Vaccination in the Punjab 1905-1918 - 1905-1918
Year: 1905
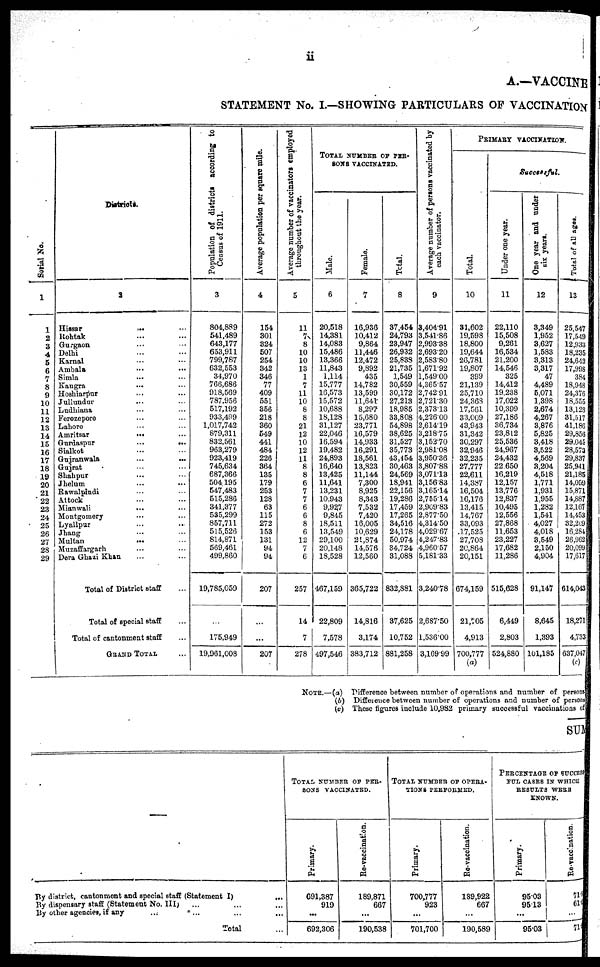
ii
A.—VACCINE
STATEMENT No. I.—SHOWING PARTICULARS OF VACCINATION
Serial No.
1
1
2
3
4
5
6
7
8
9
10
11
12
13
14
15
16
17
18
19
20
21
22
23
24
25
26
27
28
29
Diatricts.
2
Hissar
...
...
Rohtak ... ...
Gurgaon ... ...
Delhi ... ...
Karnal ... ...
Ambala ... ...
Simla ... ...
Kangra ... ...
Hoshiarpur ... ...
Jullundur ... ...
Ludhiana ... ...
Ferozepore ... ...
Lahore ... ...
Amritsar
...
...
Gurdaspur
...
...
Sialkot ... ...
Gujranwala ... ...
Gujrat ... ...
Shahpur ... ...
Jhelum ... ...
Rawalpindi ... ...
Attock ... ...
Mianwali ... ...
Montgomery ... ...
Lyallpur ... ...
Jhang ... ...
Multan
...
...
Muzaffargarh ... ...
Dera Ghazi Khan ... ...
Total of District staff ...
Total of special staff ...
Total of cantonment staff ...
GRAND TOTAL ...
Population of districts according to
Census of 1911.
3
804,889
541,489
643,177
653,911
799,787
632,553
34,970
766,686
918,569
787,956
517,192
933,499
1,017,742
879,311
832,561
963,279
923,419
745,634
687,366
504,195
547,483
515,286
341,377
535,299
857,711
515,526
814,871
569,461
499,860
19,785,059
...
175,949
19,961,008
Average population per square mile.
4
154
301
324
507
254
342
346
77
409
551
356
218
360
549
441
484
226
364
135
179
253
128
63
115
272
153
131
94
94
207
...
207
Average number of vaccinators employed
throughout the year.
5
11
7
8
10
10
13
1
7
11
10
8
8
21
12
10
12
11
8
8
6
7
7
6
6
8
6
12
7
6
257
14
7
278
TOTAL NUMBER OF PER-
SONS VACCINATED.
Male.
6
20,518
14,381
14,083
15,486
13,366
11,843
1,114
15,777
16,573
15,572
10,688
18,128
31,127
22,046
16,594
19,482
24,893
16,640
13,425
11,641
13,231
10,943
9,927
9,845
18,511
13,549
29,100
20,148
18,528
467,159
22,809
7,578
497,546
Female.
7
16,936
10,412
9,864
11,446
12,472
9,892
435
14,782
13,599
11,641
8,297
15,680
23,771
16,579
14,933
16,291
18,561
13,823
11,144
7,300
8,925
8,343
7,532
7,420
16,005
10,629
20,874
14,576
12,560
365,722
14,816
3,174
383,712
Total.
8
37,454
24,793
23,947
26,932
25,838
21,735
1,549
30,559
30,172
27,213
18,985
33,808
54,898
38,625
31,527
35,773
43,454
30,463
24,569
18,941
22,156
19,286
17,459
17,265
34,516
24,178
50,974
34,724
31,088
832,881
37,625
10,752
881,258
Average number of persons vaccinated by
each vaccinator.
9
3,404.91
3,541.86
2,993.38
2,693.20
2,583.80
1,671.92
1,549.00
4,365.57
2,742.91
2,721.30
2,373.13
4,226.00
2,614.19
3,218.75
3,152.70
2,981.08
3,950.36
3,807.88
3,071.13
3,156.83
3,165.14
2,755.14
2,909.83
2,877.50
4,314.50
4,029.67
4,247.83
4,960.57
5,181.33
3,240.78
2,687.50
1,536.00
3,169.99
PRIMARY VACCINATION.
Total.
10
31,602
19,598
18,800
19,644
26,781
19,807
399
21,139
25,710
24,368
17,561
33,009
43,943
31,342
30,297
32,946
32,235
27,777
22,611
14,387
16,504
16,176
13,415
14,767
33,093
17,525
27,708
20,864
20,151
674,159
21,705
4,913
700,777
(a)
Successful.
Under one year.
11
22,110
15,508
9,261
16,534
21,200
14,546
325
14,412
19,238
17,022
10,399
27,186
36,734
23,812
25,536
24,967
24,432
22,650
16,219
12,157
13,776
12,837
10,495
12,556
27,868
11,653
23,227
17,682
11,286
515,628
6,449
2,803
524,880
One year and under
six years.
12
3,349
1,952
3,627
1,583
8,313
3,317
47
4,489
5,071
1,398
2,674
4,267
3,876
5,825
3,418
3,522
4,569
3,204
4,518
1,771
1,931
1,955
1,282
1,541
4,027
4,018
3,549
2,150
4,904
91,147
8,645
1,393
101,185
Total of all ages.
13
25,547
17,549
12,933
18,235
24,642
17,998
384
18,948
24,376
18,555
13,128
31,517
41,186
29,856
29,041
28,573
29,837
25,941
21,185
14,059
15,871
14,887
12,167
14,453
32,209
16,284
26,962
20,099
17,617
614,043
18,271
4,733
637,047
(c)
NOTE.—(a) Difference between number of operations and number of persons.
(b) Difference between number of operations and number of persons
(c) These figures include 10,982 primary successful vaccinations of
SUM
By district, cantonment and special staff (Statement I)
...
By dispensary staff (Statement No. III) ... ... ...
By other agencies, if any ... ... ...
Total ...
TOTAL NUMBER OF PER-
SONS VACCINATED.
Primary.
691,387
919
...
692,306
Re-vaccination.
189,871
667
...
190,538
TOTAL NUMBER OF OPEBA-
TIONS PERFORMED.
Primary.
700,777
923
...
701,700
Re-vaccination.
189,922
667
190,589
PERCENTAGE OF SUCCESS
FUL CASES IN WHICH
RESULTS WERE
KNOWN.
Primary.
95.03
95.13
...
95.03
Re-vaccination.
71.8
61.0
...
71.8